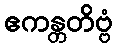
ဧကန္တတိဗ္ဗံ